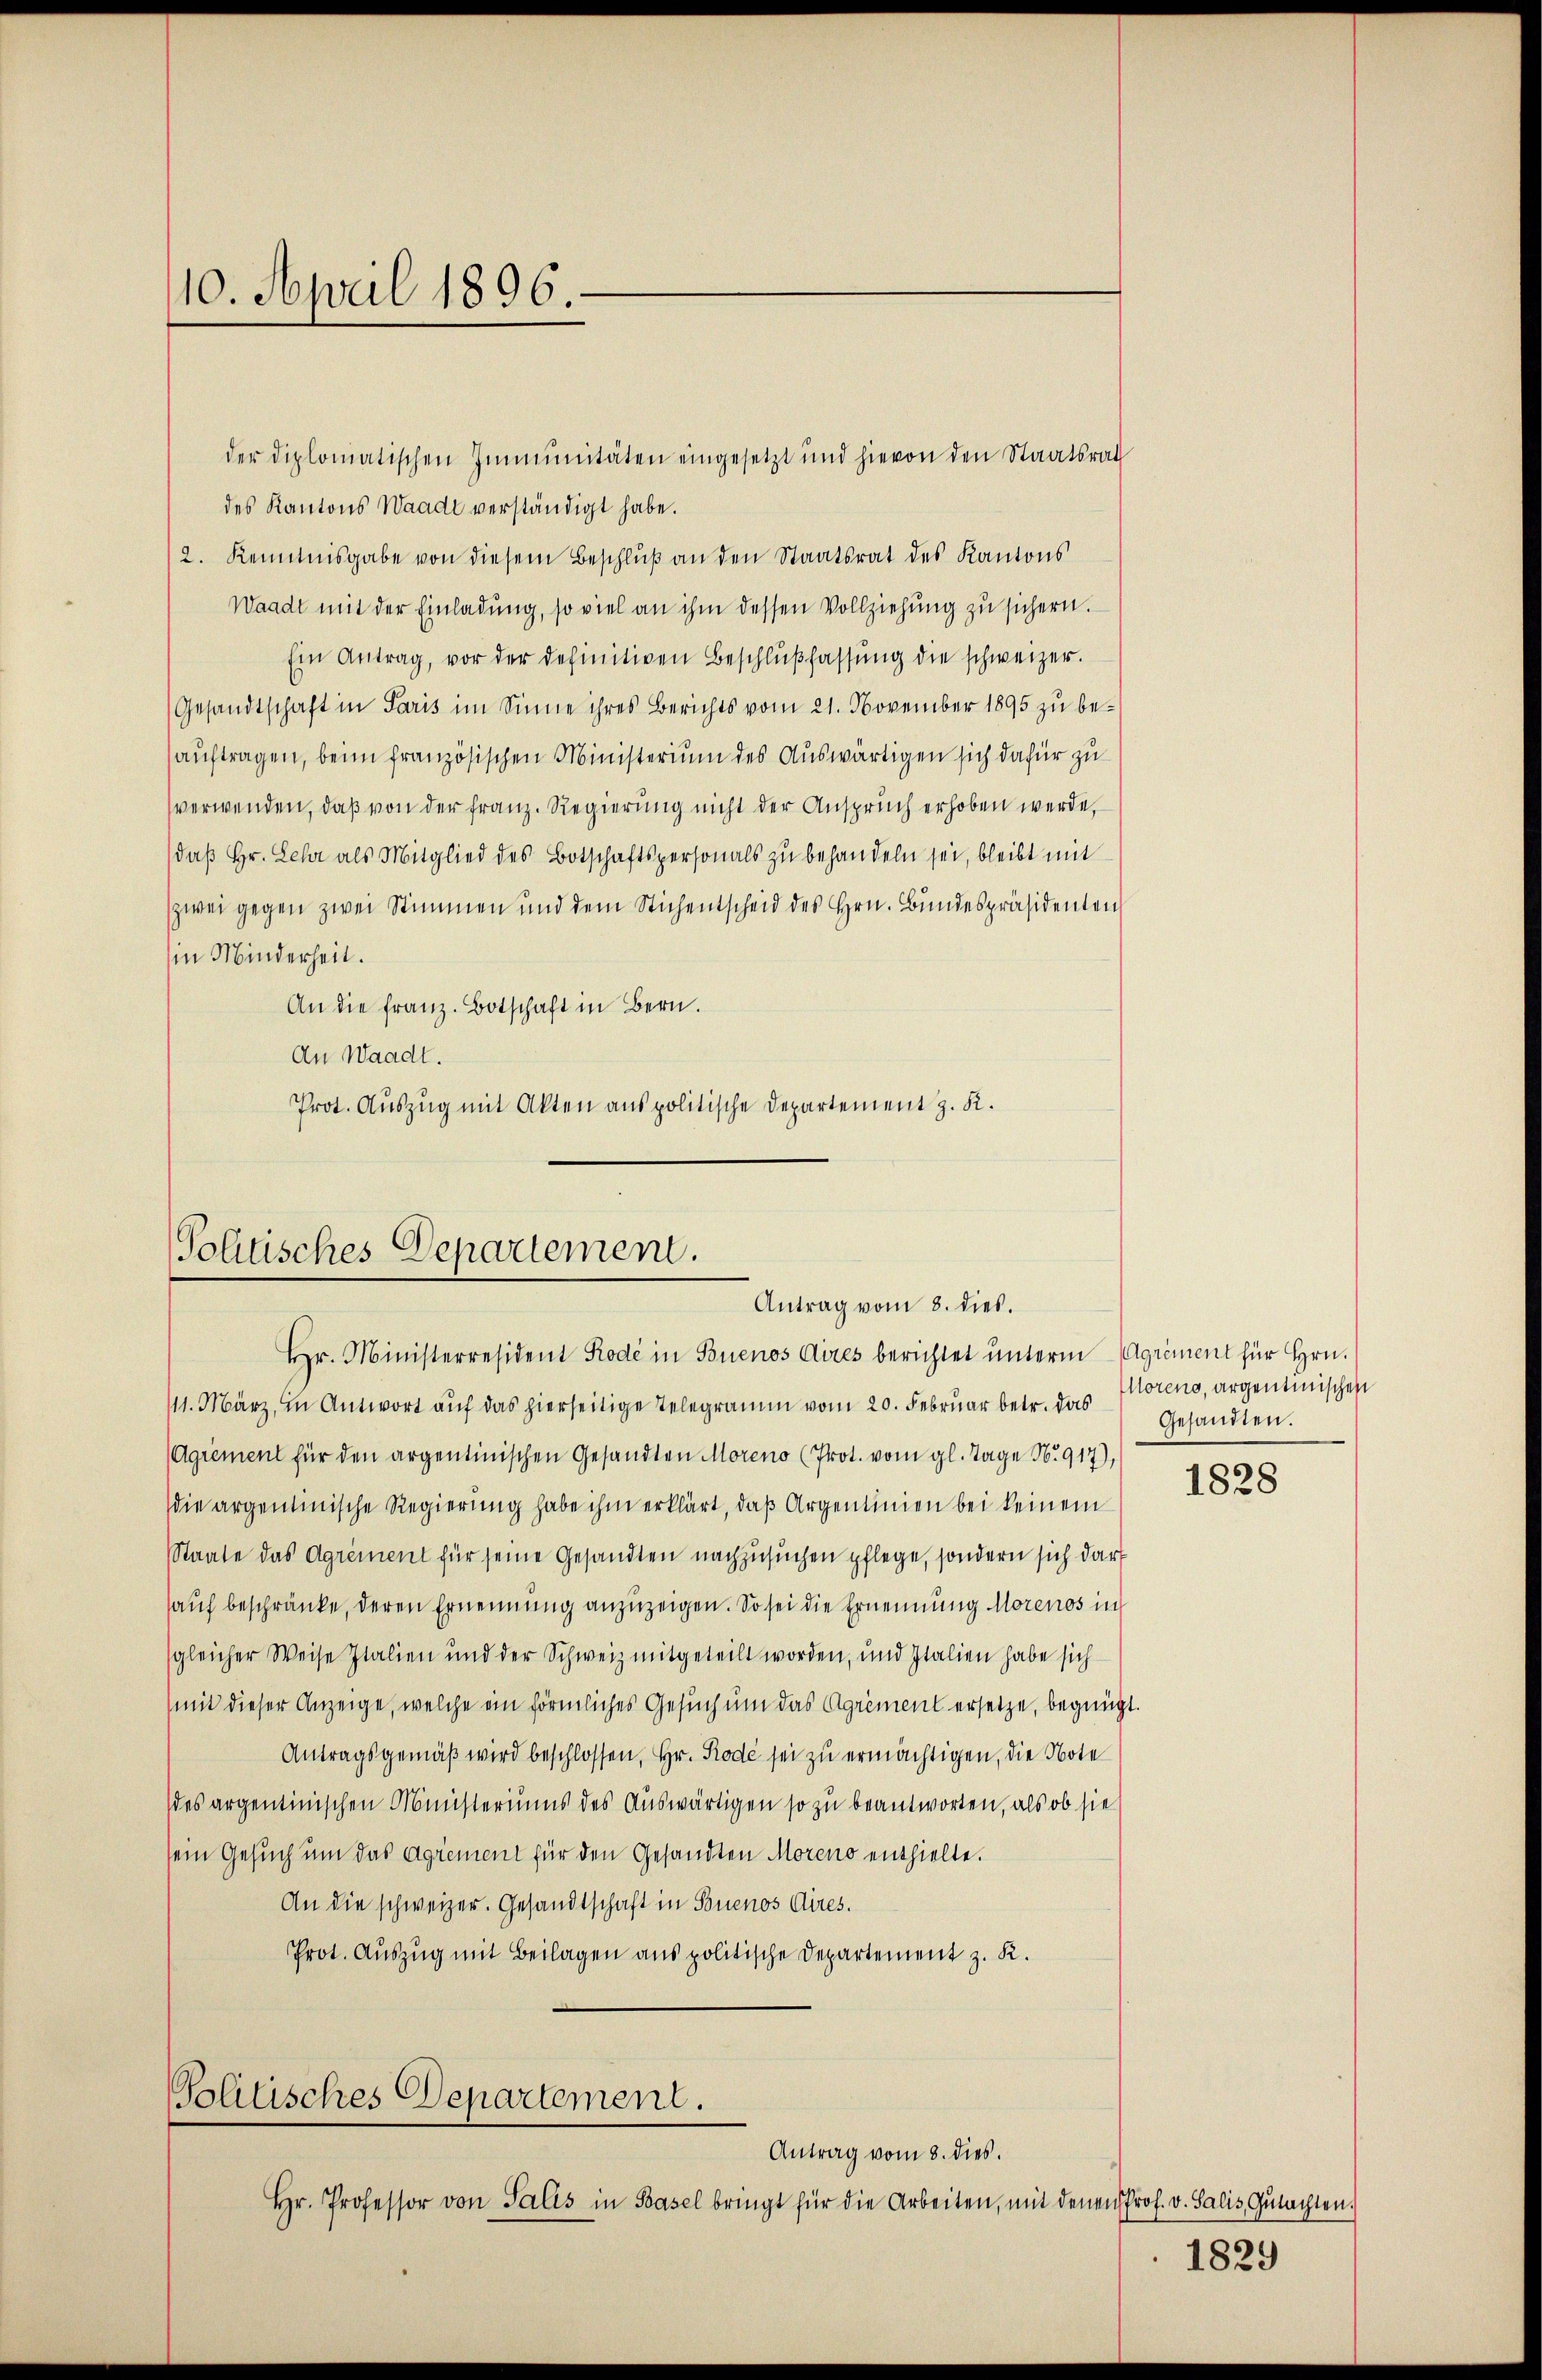
10. April 1896.

der diplomatischen Immunitäten eingesetzt und hievon den Staatsrath
des Kantons Waadt verständigt habe.
2. Kenntnisgabe von diesem Beschlŭβ an den Staatsrat des Kantons
Waadt mit der Einladung, so viel an ihm dessen Vollziehung zu sichern.
Ein Antrag, vor der definitiven Beschlŭβfassŭng die schweizer.
Gesandtschaft in Paris im Sinne ihres Berichts vom 21. November 1895 zu be-
auftragen, beim französischen Ministerium des Auswärtigen sich dafür zu
verwenden, daß von der Franz. Regierung nicht der Anspruch erhoben werde,
daß Hr. Lehr als Mitglied des Botschaftspersonals zu behandeln sei, bleibt mit
zwei gegen zwei Stimmen und dem Stichentscheid des Hrn. Bundespräsidenten
in Minderheit.
An die franz. Botschaft in Bern.
An Waadt.
Prot. Auszug mit Akten aus politische Departement z. K.

Politisches Departement.
Antrag vom 8. dies.

Hr. Ministerresident Rode in Buenos Aires berichtet unterm Agriment für Hrn.
111. März, in Antwort aŭf das hierseitige Telegramm vom 20. Febrŭar betr. das Gesandten.
(Agrement für den argentinischen Gesandten Moreno (Prot. vom gl. Tage No. 917),
die argentinische Regierung habe ihm erklärt, daß Argenlinien bei keinem
Staate das Agrément für seine Gesandten nachzusuchen pflege, sondern sich darf
auf beschränke, deren Ernennung anzuzeigen. So sei die Ernennung Morenos in
gleicher Weise Italien und der Schweiz mitgeteilt worden, und Italien habe sich
(mit dieser Anzeige, welche ein förmliches Gesuch um das Agriment ersetze, begnügt.
Antragsgemäß wird beschlossen, Hr. Rode sei zu ermächtigen, die Note
des argentinischen Ministeriums des Auswärtigen so zu beantworten, als ob sie
sein Gesuch um das agrément für den Gesandten Moreno enthielte.
An die schweizer. Gesandtschaft in Buenos Aires.
Prot. Auszug mit Beilagen aus politische Departement z. K.
Politisches Departement.
Antrag vom 8. dies.
Hr. Professor von Salis in Basel bringt für die Arbeiten, mit denen Prof. v. Salis Gŭtachten.

Morens, argentinischen

1828

1829